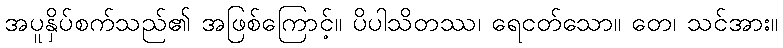
အပူနှိပ်စက်သည်၏ အဖြစ်ကြောင့်။ ပိပါသိတဿ၊ ရေငတ်သော။ တေ၊ သင်အား။